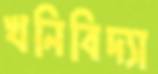
খনিবিদ্যা